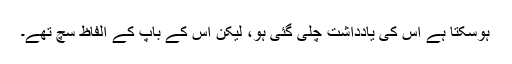
ہوسکتا ہے اس کی یادداشت چلی گئی ہو، لیکن اس کے باپ کے الفاظ سچ تھے۔